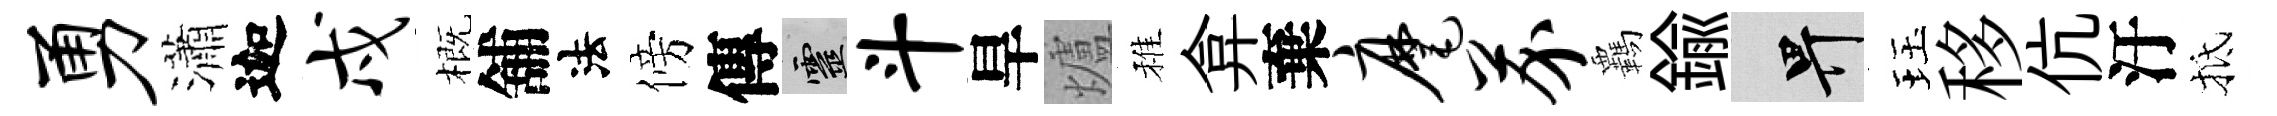
勇瀟迦戍概舖法傍傳靈斗旱爐稚弇棄麾芥覊鍮畀珏移伉汙抵